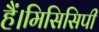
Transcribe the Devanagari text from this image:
हैं।मिसिसिपी